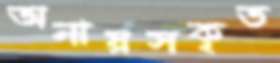
অনায়সকৃত